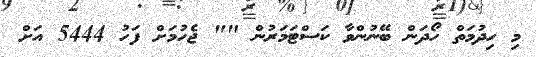
މި ހިދުމަތް ހޯދަން ބޭނުންވާ ކަސްޓަމަރުން "" ޖެހުމަށް ފަހު 5444 އަށް